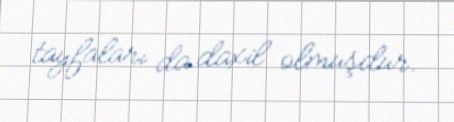
tayfaları da daxil olmuşdur.